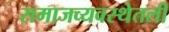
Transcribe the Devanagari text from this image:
समाजव्यवस्थेतली